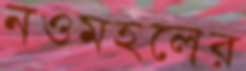
নওমহলের